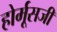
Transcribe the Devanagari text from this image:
होर्मूसजी